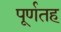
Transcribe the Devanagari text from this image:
पूर्णतह